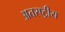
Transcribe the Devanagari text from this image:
अतरष्ट्रीय